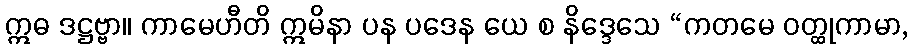
ဣဓ ဒဋ္ဌဗ္ဗာ။ ကာမေဟီတိ ဣမိနာ ပန ပဒေန ယေ စ နိဒ္ဒေသေ “ကတမေ ဝတ္ထုကာမာ,